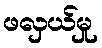
ဖလှယ်မှု